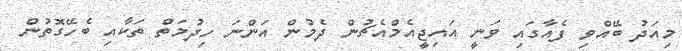
މިއަދު ބޭއްވި ފެއާގައި ވަނީ އައިޖީއެމްއެޗުން ދެމުން އަންނަ ހިދުމަތް ތަކާއި ބެހޭގޮތުން